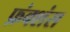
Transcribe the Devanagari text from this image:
फ़ंक्शंस